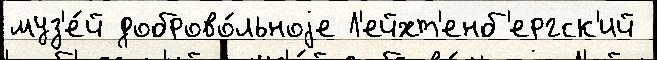
муз'е́й доброво́льноjе Л'ейхт'енб'ергск'ий